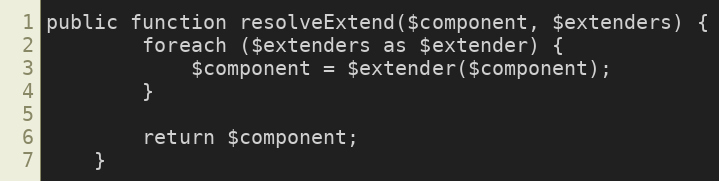
Language: PHP
public function resolveExtend($component, $extenders) {
		foreach ($extenders as $extender) {
			$component = $extender($component);
		}

		return $component;
	}